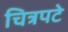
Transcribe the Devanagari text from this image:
चित्रपटे